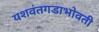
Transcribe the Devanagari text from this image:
यशवंतगडाभोवती